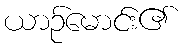
ယာဉ်မောင်း၏